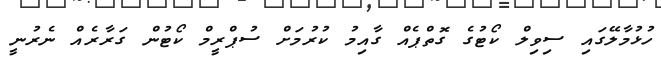
ހުޅުމާލޭގައި ސިވިލް ކޯޓުގެ ގޮތްޕެއް ގާއިމު ކުރުމަށް ސުޕްރީމް ކޯޓުން ގަރާރެއް ނެރުނީ